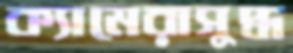
ক্যামেরাসুদ্ধ